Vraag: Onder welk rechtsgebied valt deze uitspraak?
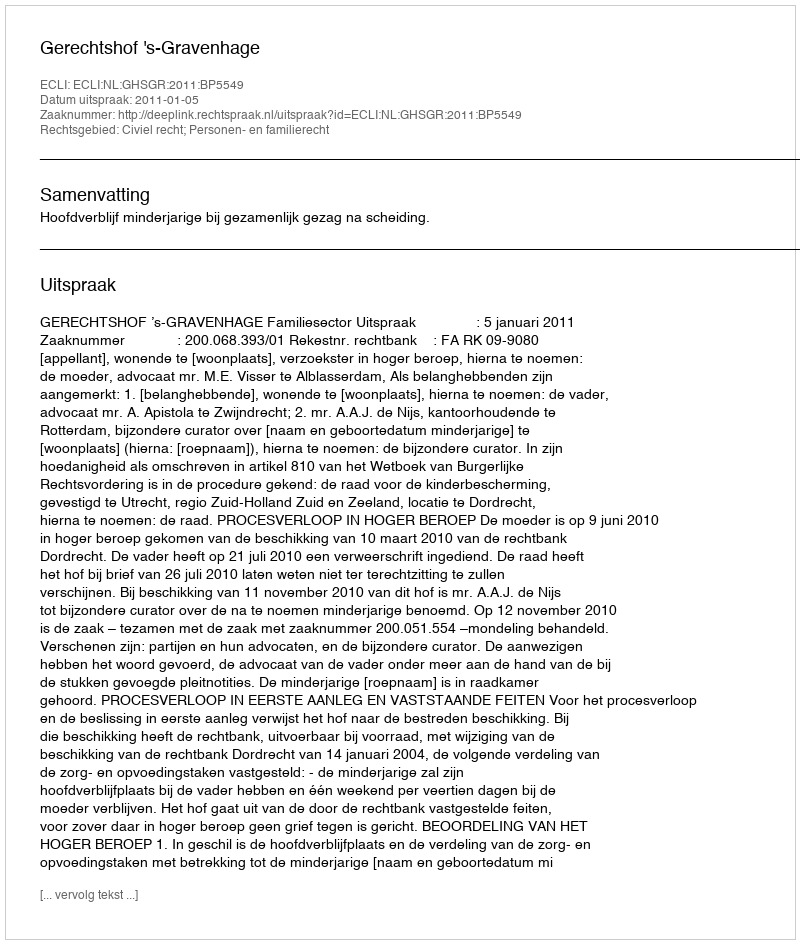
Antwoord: Civiel recht; Personen- en familierecht